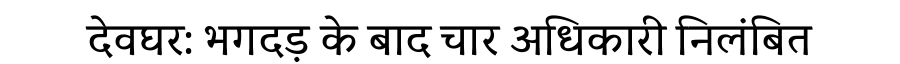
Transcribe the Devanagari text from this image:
देवघर: भगदड़ के बाद चार अधिकारी निलंबित